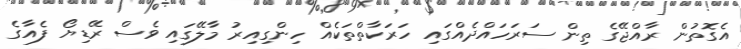
އެގޮތުން ރާއްޖޭގެ ތިން ސަރަހައްދެއްގައި ހަރަކާތްތަކެއް ހިންގިއިރު މާލޭގައި ވެސް ރޭޑިޔޯ ފެއާގެ